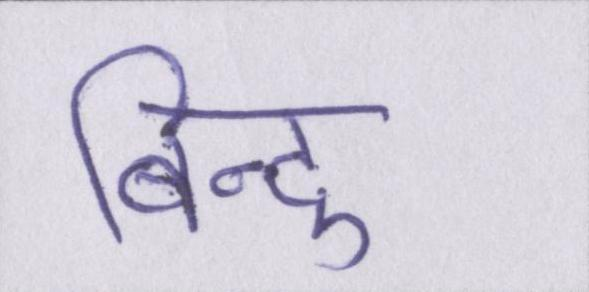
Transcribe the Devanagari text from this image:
बिन्दु